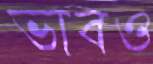
ভাবও